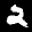
Label: 2